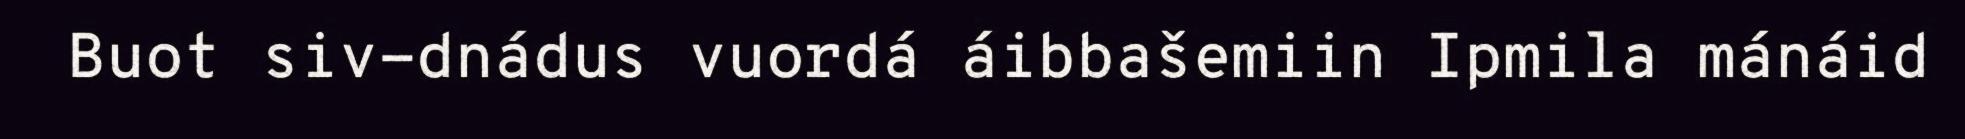
Buot siv-dnádus vuordá áibbašemiin Ipmila mánáid